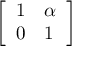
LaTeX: \left[ \begin{array} { l l } { 1 } & { \alpha } \\ { 0 } & { 1 } \end{array} \right]